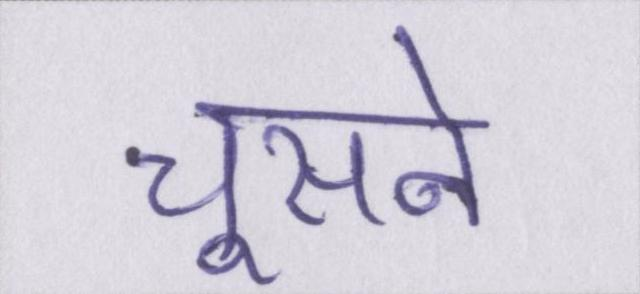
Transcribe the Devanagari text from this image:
चूसने